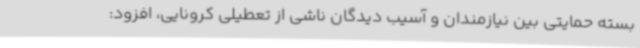
بسته حمایتی بین نیازمندان و آسیب دیدگان ناشی از تعطیلی کرونایی، افزود: